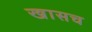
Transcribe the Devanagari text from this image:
खासच